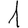
Digit: 1